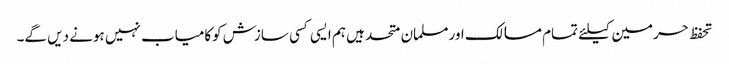
تحفظ حرمین کیلئے تمام مسالک اورمسلمان متحد ہیں ہم ایسی کسی سازش کوکامیاب نہیں ہونے دیں گے۔